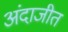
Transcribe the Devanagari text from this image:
अंदाजीत